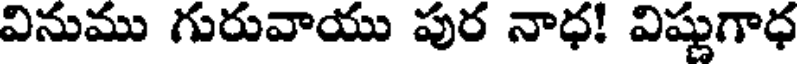
వినుము గురువాయు పుర నాధ! విష్ణుగాధ